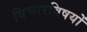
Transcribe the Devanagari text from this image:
विचारविषयों